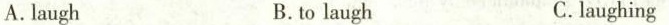
A.laugh B.to laugh C.laughing